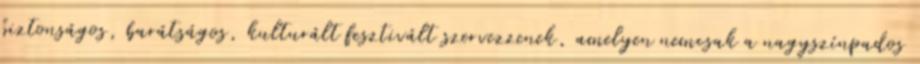
biztonságos, barátságos, kulturált fesztivált szervezzenek, amelyen nemcsak a nagyszínpados